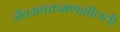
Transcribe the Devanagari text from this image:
जैवअवक्रमणशीलती